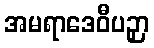
အမရာဒေဝီပဉှာ